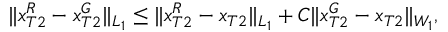
\| x _ { T 2 } ^ { R } - x _ { T 2 } ^ { G } \| _ { L _ { 1 } } \leq \| x _ { T 2 } ^ { R } - x _ { T 2 } \| _ { L _ { 1 } } + C \| x _ { T 2 } ^ { G } - x _ { T 2 } \| _ { W _ { 1 } } ,